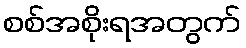
စစ်အစိုးရအတွက်